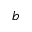
b